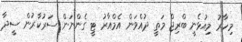
މިހާރު މިއުޅެނީ ބްރިޖް މަތީ ދުއްވަން އެމްއާރު ޓީ ގެންނަން ސަރުކާރުން ސީދާ